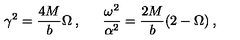
\gamma ^ { 2 } = \frac { 4 M } { b } \Omega \: , \: \: \: \: \: \: \: \frac { \omega ^ { 2 } } { \alpha ^ { 2 } } = \frac { 2 M } { b } ( 2 - \Omega ) \: ,